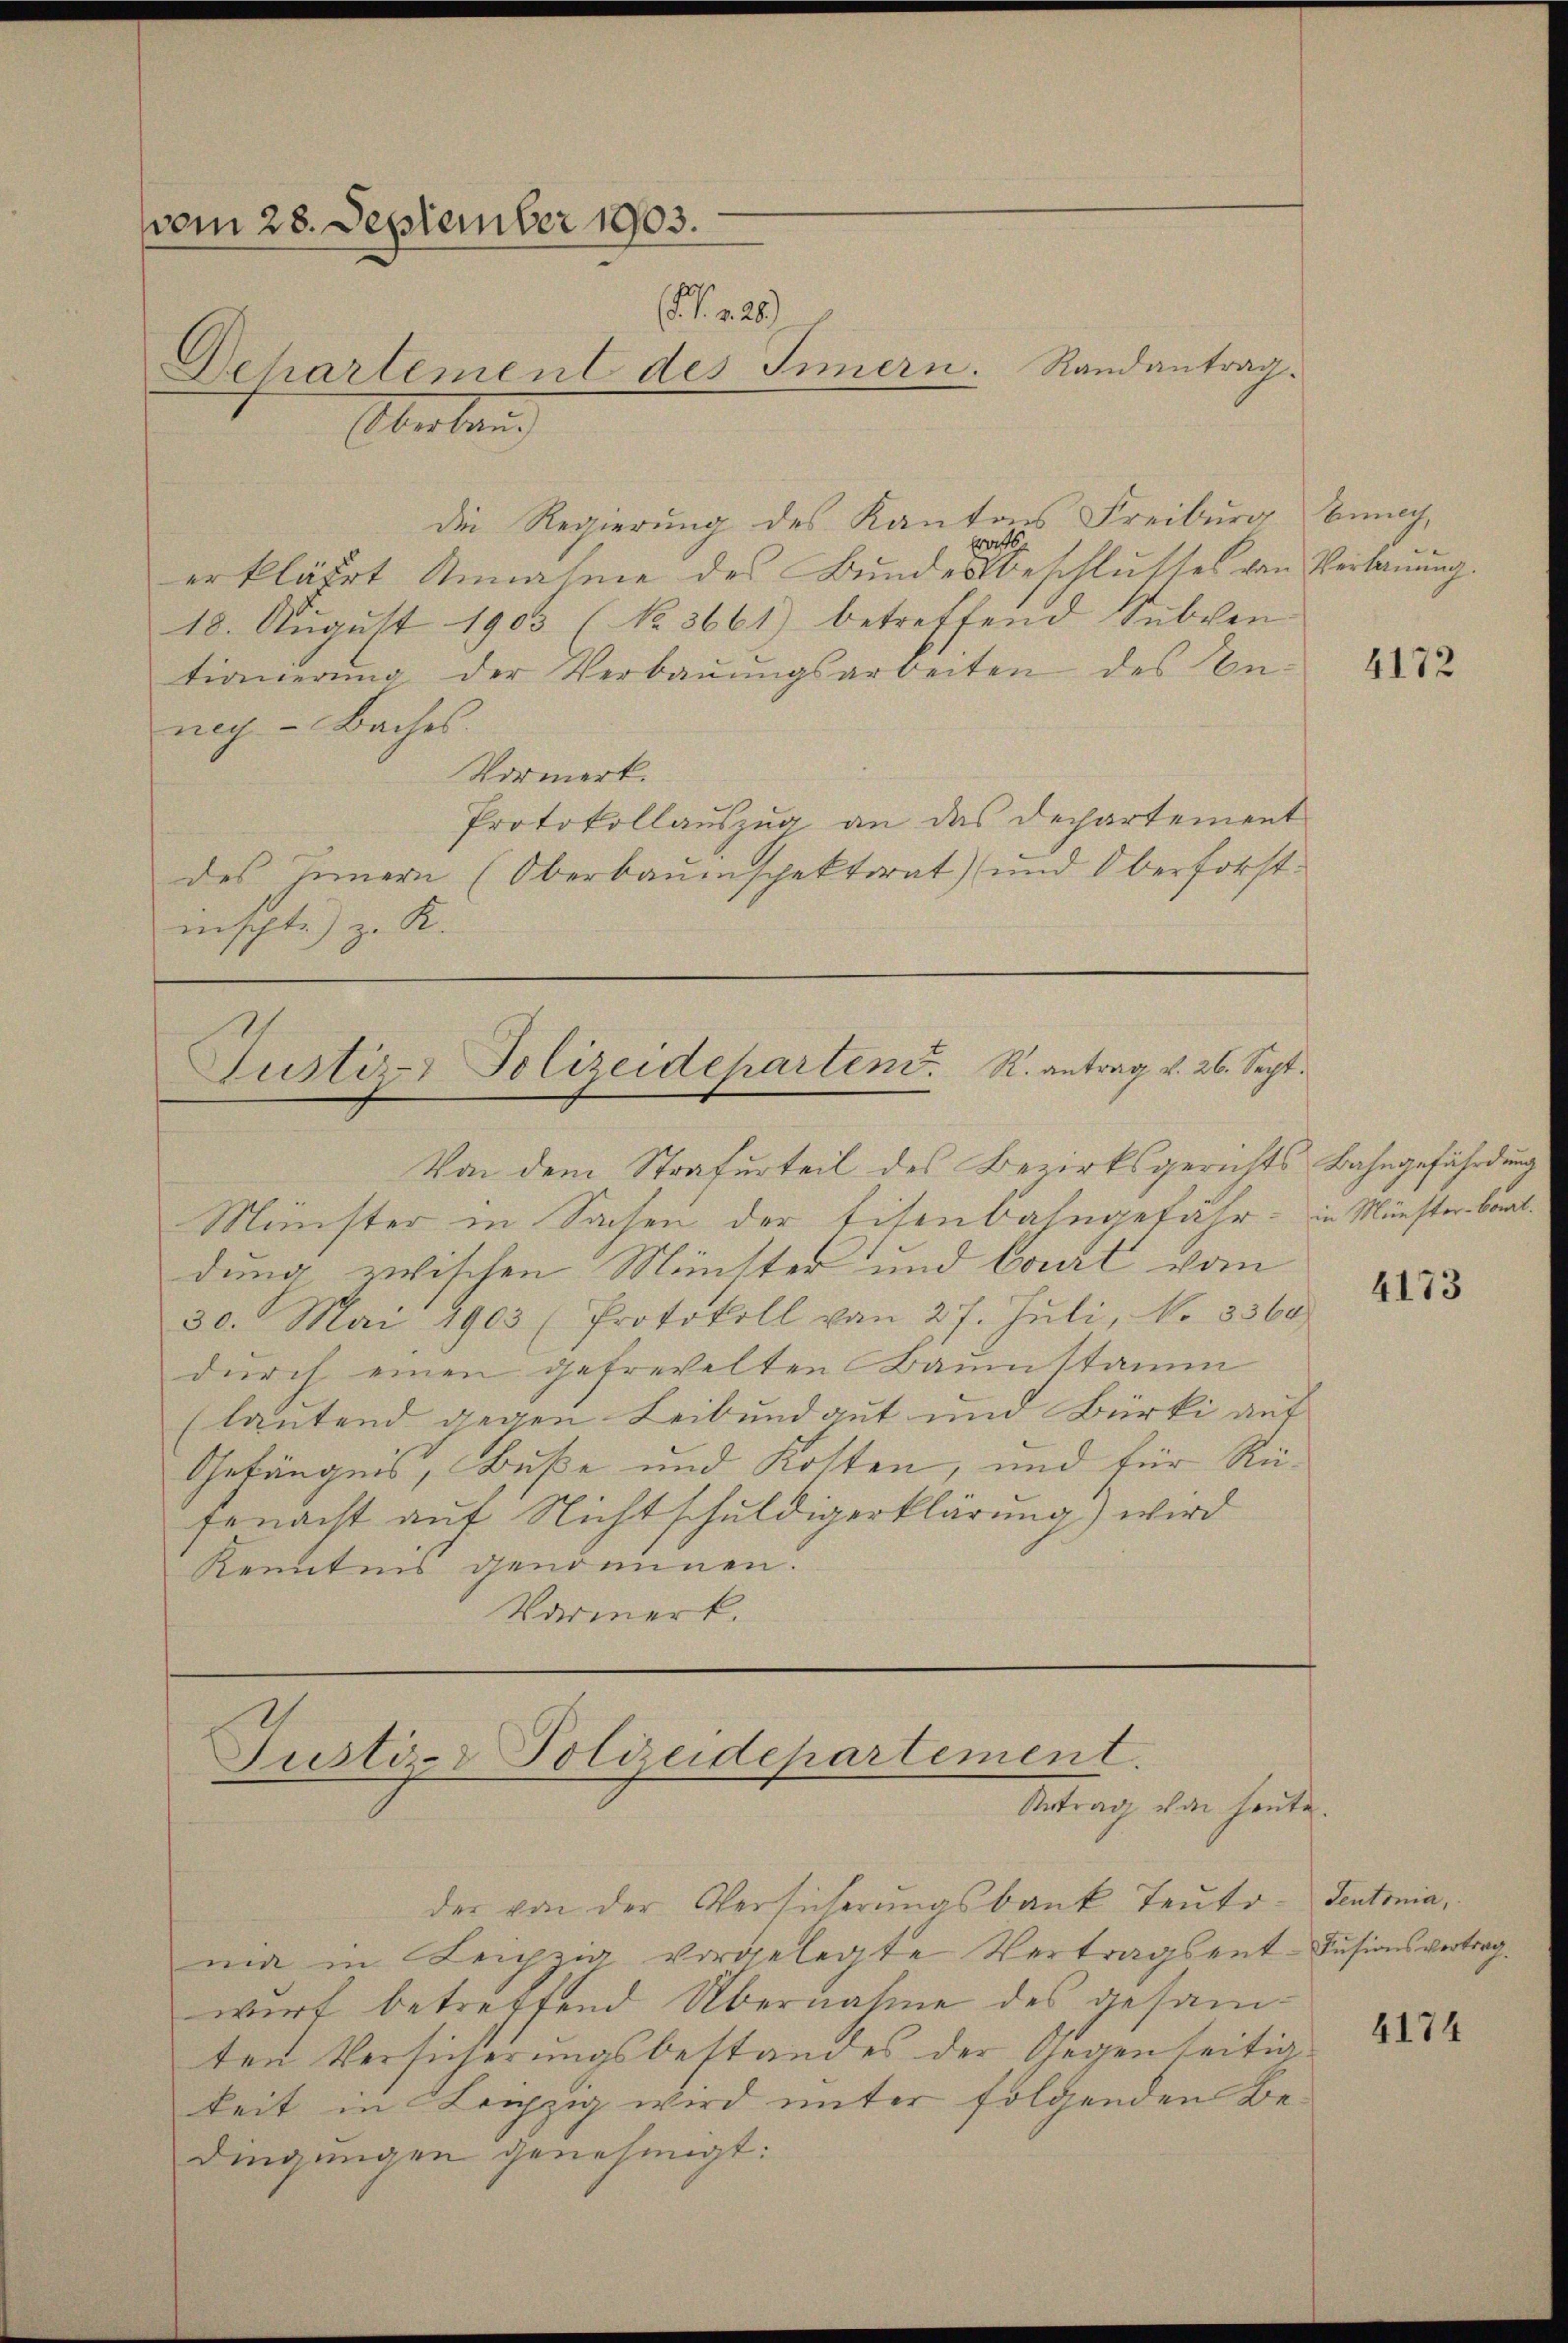
vom 28. September 1903.
 220)
Departement des Innern. Randantrag.
Obuben

die Regierung des Kantons Freiburg
trats
erkläret Annahme des Bundesbeschlusses von Verbauung.
18. August 1903 (No. 3661) betreffend Subven
tionierung der Verbaŭŭngsarbeiten des In-
nach Baches.
Vormerk.
Protokollauszug an das Dechartement
des Innern (Oberbaŭenspektorat) und Oberforst-
mischte) z. K.
Justiz- & Polizeideharten. R. antrag v. 26. Sept.

Von dem Strafurteil des Bezirksgerichts Bahngefährdung
Münster in Sachen der Eisenbahngefähr in Münster beat.
dung zwischen Münster und Coat vom
30. Mai 1903 (Protokoll von 27. Jŭli, No. 3369.
durch einen gefrevelten Baumstamm
(lautend gegen Leib und gut und Bürki auf
Gefängnis, Buße und Kosten, und für Refenacht auf Nichtschuldigerklärung) wird
Kenntnis genommen.
Varmerk.

Justiz & Polizeidepartement.
Antrag von heute.

der von der Versicherungsbank Teuto-Sentonia,
ma in Leipzig vorgelegte Vertragsent-Fusionsvertragwirt betreffend Übernahme des gesamten Versicherungsbestandes der Gegenseitigkeit in Leipzig wird unter folgenden Be-
dingungen genehmigt:

bnnach

4172

4173

4174